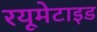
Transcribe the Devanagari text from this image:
रयूमेटाइड